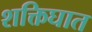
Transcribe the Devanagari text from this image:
शक्तिघात